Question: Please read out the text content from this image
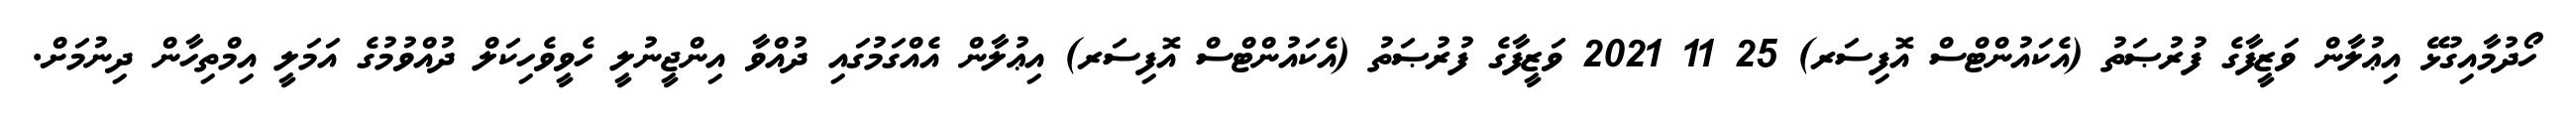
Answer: ހޯދުމާއިގުޅޭ އިޢުލާން ވަޒީފާގެ ފުރުޞަތު (އެކައުންޓްސް އޮފިސަރ) 25 11 2021 ވަޒީފާގެ ފުރުޞަތު (އެކައުންޓްސް އޮފިސަރ) އިޢުލާން އެއްގަމުގައި ދުއްވާ އިންޖީނުލީ ހެވީވެހިކަލް ދުއްވުމުގެ އަމަލީ އިމްތިހާން ދިނުމަށް.